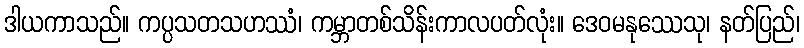
ဒါယကာသည်။ ကပ္ပသတသဟဿံ၊ ကမ္ဘာတစ်သိန်းကာလပတ်လုံး။ ဒေဝမနုဿေသု၊ နတ်ပြည်၊